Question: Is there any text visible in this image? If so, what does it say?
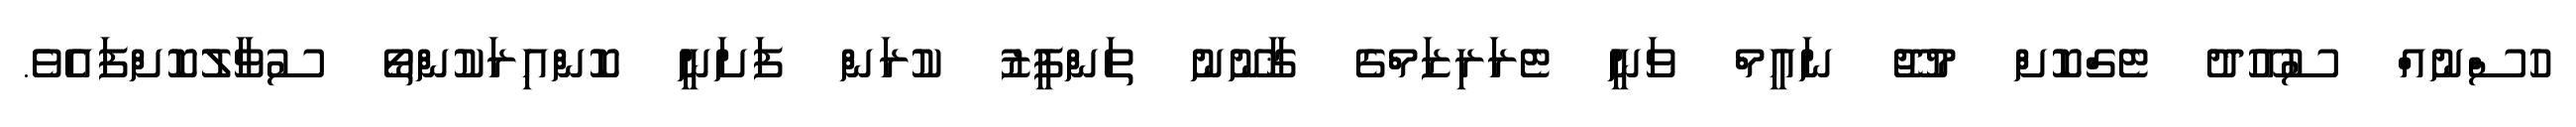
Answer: ހުސްނުއް ސުއޫދު ޓެގްކޮށް މުޖޫ ނައީމް ވަނީ ޓެރަރިޒަމްގެ ޤާނޫނު ތަންފީޒު ކުރަން ފަށަނީ ކޮންއިރަކުންތޯ ސުވާލުކޮށްފައެވެ.